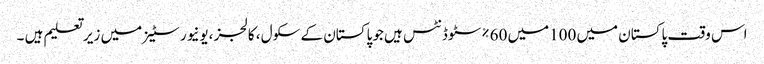
اس وقت پاکستان میں 100میں 60%سٹوڈنٹس ہیں جو پاکستان کے سکول ، کالجز ،یونیورسٹیز میں زیر تعلیم ہیں ۔